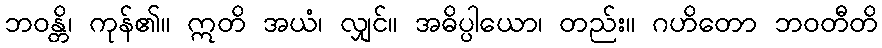
ဘဝန္တိ၊ ကုန်၏။ ဣတိ အယံ၊ လျှင်။ အဓိပ္ပါယော၊ တည်း။ ဂဟိတော ဘဝတီတိ